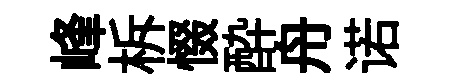
峰柝惙酔舟诺